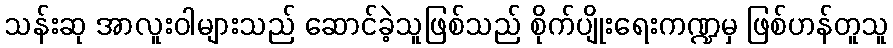
သန်းဆု အာလူးဝါများသည် ဆောင်ခဲ့သူဖြစ်သည် စိုက်ပျိုးရေးကဏ္ဍမှ ဖြစ်ဟန်တူသူ